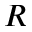
R